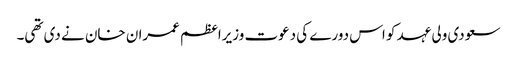
سعودی ولی عہد کو اس دورے کی دعوت وزیراعظم عمران خان نے دی تھی۔